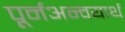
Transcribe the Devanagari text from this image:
पूर्नअन्वयार्थ